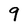
Character: 9